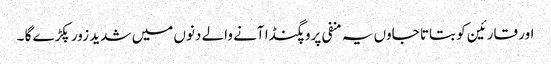
اور قارئین کو بتاتا جاوں یہ منفی پروپگنڈا آنے والے دنوں میں شدید زور پکڑے گا ۔